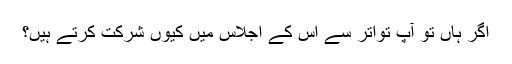
اگر ہاں تو آپ تواتر سے اس کے اجلاس میں کیوں شرکت کرتے ہیں؟